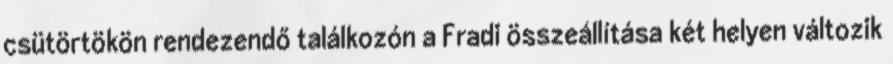
csütörtökön rendezendő találkozón a Fradi összeállítása két helyen változik